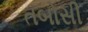
તબોસી